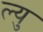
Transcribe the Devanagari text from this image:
ल्यु